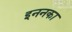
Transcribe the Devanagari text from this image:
इननका